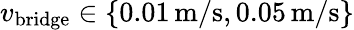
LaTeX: v_{\mathrm{bridge}}\in\left\{ 0.01\, \mathrm{m}/\mathrm{s},0.05\, \mathrm{m}/\mathrm{s}\right\}